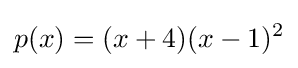
p(x)=(x+4)(x-1)^{2}